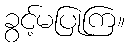
ခွင့်မပြုကြ။